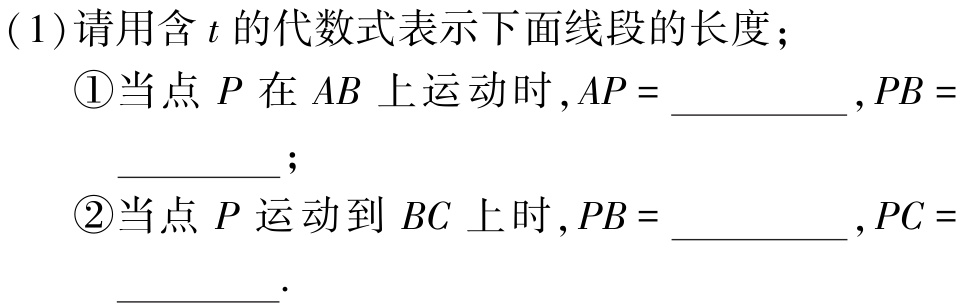
(1)请用含\(t\)的代数式表示下面线段的长度；
\textcircled{1}当点\(P\)在\(AB\)上运动时,\(AP = \)__________,\(PB =\)__________；
\textcircled{2}当点\(P\)运动到\(BC\)上时,\(PB = \)__________,\(PC =\)__________.